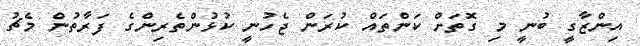
އިންޒާގީ ބުނީ މި ގޮތަށް ކަންތައް ކުރަން ޖެހުނީ ކުޅުންތެރިންގެ ފަރާތުން މެޗު